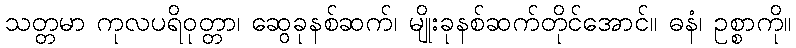
သတ္တမာ ကုလပရိဝုတ္တာ၊ ဆွေခုနစ်ဆက်၊ မျိုးခုနစ်ဆက်တိုင်အောင်။ ဓနံ၊ ဥစ္စာကို။